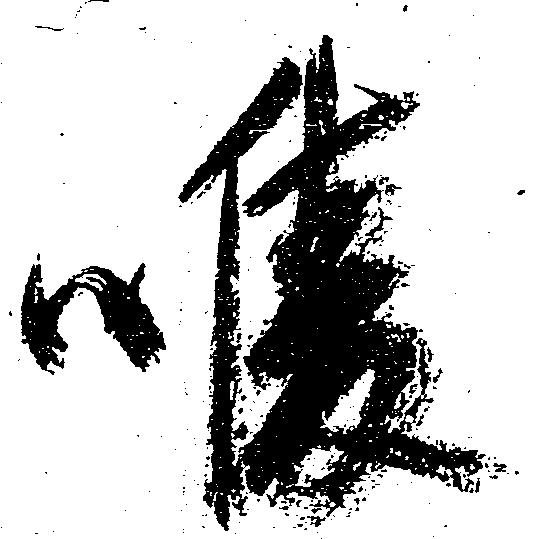
喉